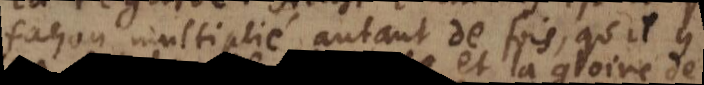
façon multiplié autant de fois, qu’il y